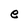
Character: e